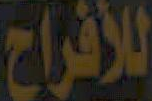
للأفراح